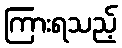
ကြားရသည့်